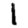
Digit: 1